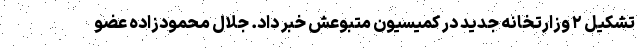
تشکیل ۲ وزارتخانه جدید در کمیسیون متبوعش خبر داد. جلال محمودزاده عضو